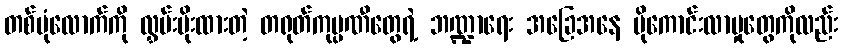
တစ်ပုံလောက်ကို လွှမ်းမိုးထားတဲ့ တရုတ်ကုမ္ပဏီတွေရဲ့ ဘဏ္ဍာရေး အခြေအနေ ပိုကောင်းလာမှုတွေကိုလည်း